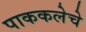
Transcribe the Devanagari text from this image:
पाककलेचे